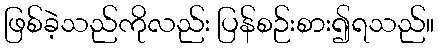
ဖြစ်ခဲ့သည်ကိုလည်း ပြန်စဉ်းစား၍ရသည်။